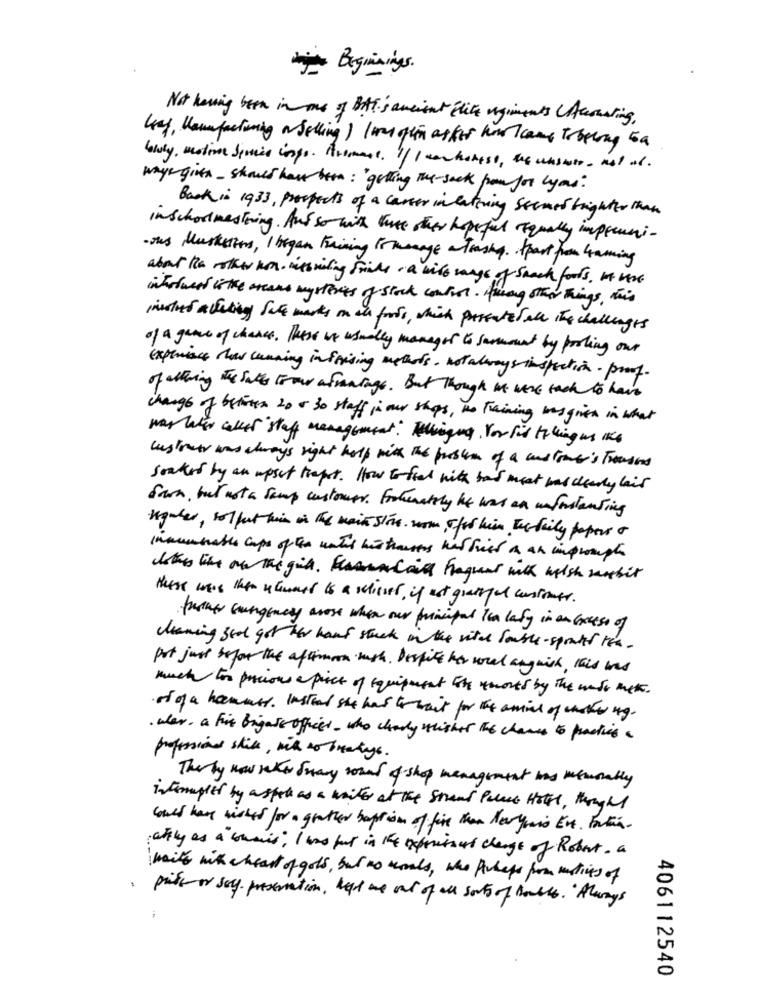
Beginings.
Not having been in one of BAT's ancient Elite regiments Aususting,
hey, Howfactoring a Selling) loom fin aster hor Icame Tobelong 5a
ways given _ should have been : ' gelling the sack from for lyos:
Back in 1933, prospects of a career in latining stemet brighter than
inschoolmastering. Auf so with the other hopeful equally impreuni-
-ous Musketiers, I began training For mmage anteashq. Apart from Gaming
about the mother hen interising fail . a wide range of Snack foods , It were
ihrtweed is the oreaus mysteries of stock control. Himany other things , this
isues alleting fate marks in all forts , which presentes all the challenges
of a game of chance, These is usually manages to surmount by pooling our
Experience now cunning inforising methods , notalways inspection - proof.
of altering the sales Frow afrantage . But Though it were back to have
change of between 20 0 30 staff in our shops, no training was given in what
was water cakes staff management: Tellingna, For fit telling us is
lustreer was always right help him the problem of a customer's Fromders
soaked by an upset trapt. How to fiel with bas meat was clearly lais
form, but not a semp customers. Fortunately he was an infostanting
Kgaber, solput him in the main Stre som, That his Tertily papers o
innumerables caps of the until his trousers hat hier a an impromptu
bother like on the girl. FueronCall Frequent with walsh sushir
these were then ishment is a schisser, if est grateful contrats.
further surgency arose when our principal Ien lafy in an Excess of
cleaning ged got her hand stuck in the vital toutle-sported the.
pot just before the afliman with . Despite har voral anguish, this was
much for precious a piece of equipment the temores by the wide mek.
of of a hammes. Instead she has to wait for the amies of choter ug.
. wer , a Fix bigatt offices . who chody fisher the chance to practice a
profession skill, wik to bratys.
The by now reker Sway round of shop management is memorably
interupted by aspot as a writer at the Strand Palace Hotel, though
could have wishes for a grather baptism of fire than Navyouis Ert. Farten.
afly as a commis', I was fut in the reprismust change of Robert. a
with with cheart of gold, but no merals, who perhaps from mities of
· prite or say preservation, helt me out of all sorts of falls. " Always
406112540